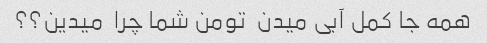
همه جا کمل آبی میدن  تومن شما چرا  میدین؟؟